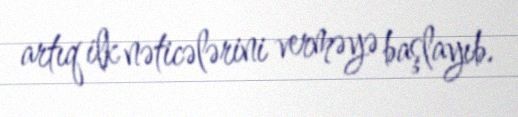
artıq ilk nəticələrini verməyə başlayıb.